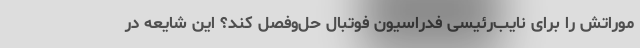
موراتش را برای نایب‌رئیسی فدراسیون فوتبال حل‌وفصل کند؟ این شایعه در